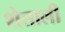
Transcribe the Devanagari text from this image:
शेताली